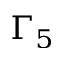
\Gamma _ { 5 }